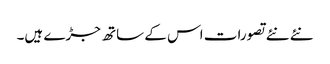
نئے نئے تصورات اس کے ساتھ جڑے ہیں۔